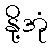
နို့အုံ